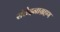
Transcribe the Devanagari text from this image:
संवेदनाग्रहण